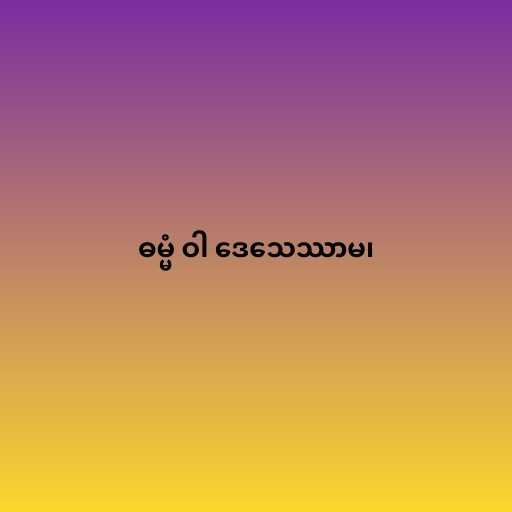
ဓမ္မံ ဝါ ဒေသေဿာမ၊